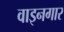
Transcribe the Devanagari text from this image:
वाइनगार